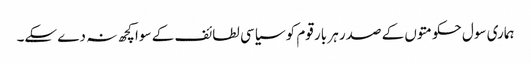
ہماری سول حکومتوں کے صدر ہر بار قوم کو سیاسی لطائف کے سوا کچھ نہ دے سکے۔